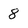
Character: 8